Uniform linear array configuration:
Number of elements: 8
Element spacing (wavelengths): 0.75
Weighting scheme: kaiser
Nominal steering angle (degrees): -30
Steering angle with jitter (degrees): -29.894
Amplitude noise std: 0.05
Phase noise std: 0.05

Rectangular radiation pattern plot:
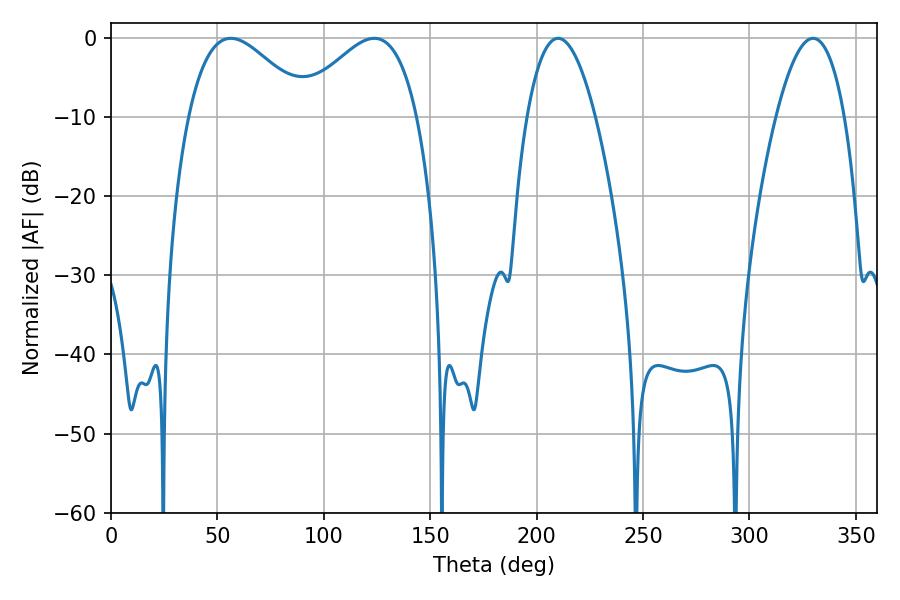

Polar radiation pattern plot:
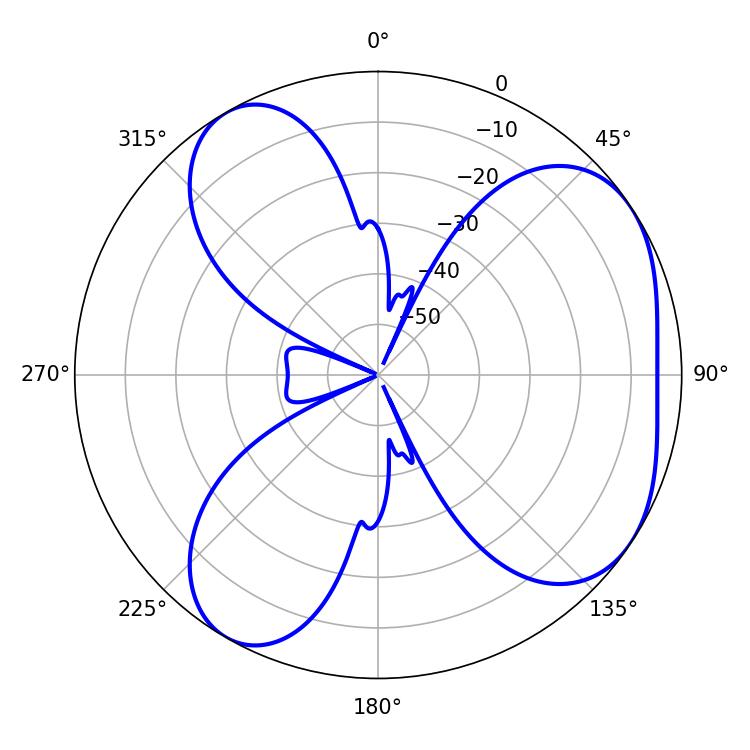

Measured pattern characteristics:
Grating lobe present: TRUE
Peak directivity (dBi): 4.951
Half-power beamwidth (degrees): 30.6
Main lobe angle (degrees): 56.34